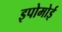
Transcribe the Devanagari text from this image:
इपोमोई